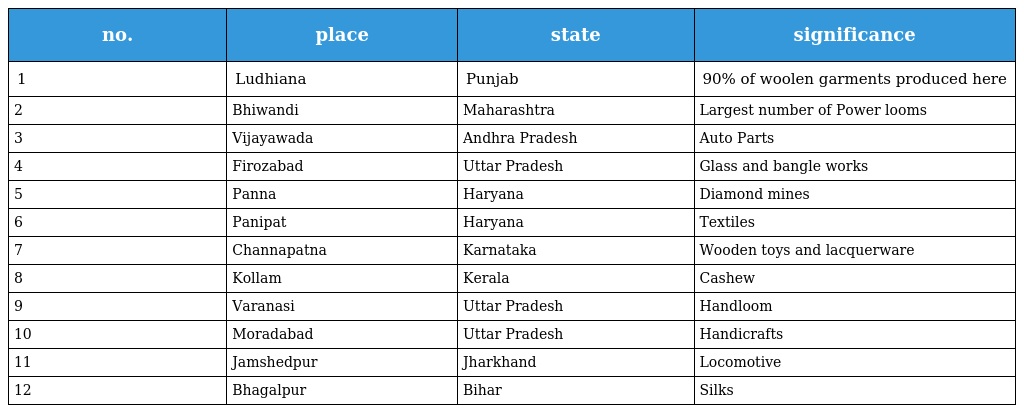
| no. | place | state | significance |
 | --- | --- | --- | --- |
 | 1 | Ludhiana | Punjab | 90% of woolen garments produced here |
 | 2 | Bhiwandi | Maharashtra | Largest number of Power looms |
 | 3 | Vijayawada | Andhra Pradesh | Auto Parts |
 | 4 | Firozabad | Uttar Pradesh | Glass and bangle works |
 | 5 | Panna | Haryana | Diamond mines |
 | 6 | Panipat | Haryana | Textiles |
 | 7 | Channapatna | Karnataka | Wooden toys and lacquerware |
 | 8 | Kollam | Kerala | Cashew |
 | 9 | Varanasi | Uttar Pradesh | Handloom |
 | 10 | Moradabad | Uttar Pradesh | Handicrafts |
 | 11 | Jamshedpur | Jharkhand | Locomotive |
 | 12 | Bhagalpur | Bihar | Silks |